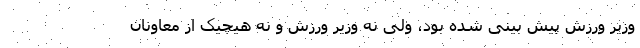
وزیر ورزش پیش بینی شده بود، ولی نه وزیر ورزش و نه هیچیک از معاونان